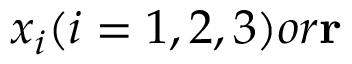
x _ { i } ( i = 1 , 2 , 3 ) o r { \bf r }